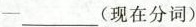
-___(现在分词)